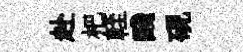
赴杷輊醆硯